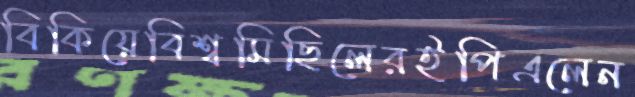
বিকিয়েবিশ্বমিছিলেরইপিএলেন